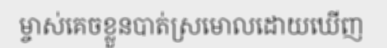
ម្ចាស់គេចខ្លួនបាត់ស្រមោលដោយឃើញ